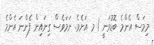
މިމަސް އެންމެ ބޮޑުވަނީ 1 މ އަށެވެ. ނަމަވެސް ގިނައިން ފެންނަ އެންމެ